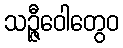
သဉ္ဇီဝေါတွေဝ